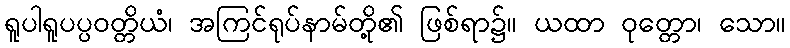
ရူပါရူပပ္ပဝတ္တိယံ၊ အကြင်ရုပ်နာမ်တို့၏ ဖြစ်ရာ၌။ ယထာ ဝုတ္တော၊ သော။